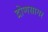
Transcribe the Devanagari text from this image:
द्रोणसागर